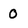
Character: O